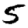
Digit: 5